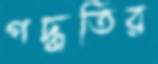
পদ্ধতির